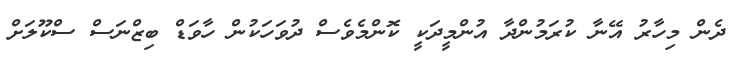
ދެން މިހާރު އޭނާ ކުރަމުންދާ އުންމީދަކީ ކޮންމެވެސް ދުވަހަކުން ހާވަޑް ބިޒްނަސް ސްކޫލަށް